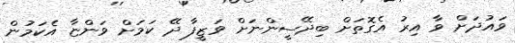
ވައުދަށް ވާ އިރު އެގޮތަށް ބިދޭސީންނަށް ވަޒީފާ ދޭ ކަމަށް ވަންޏާ އެކަމުން